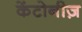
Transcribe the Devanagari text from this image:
केंटोनीज़